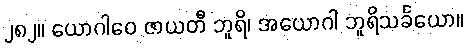
၂၈၂။ ယောဂါဝေ ဇာယတီ ဘူရိ၊ အယောဂါ ဘူရိသင်္ခယော။